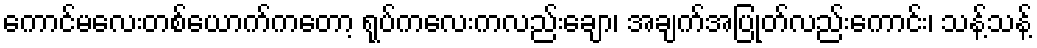
ကောင်မလေးတစ်ယောက်ကတော့ ရုပ်ကလေးကလည်းချော၊ အချက်အပြုတ်လည်းကောင်း၊ သန့်သန့်